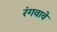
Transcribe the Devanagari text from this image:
रंगवावे